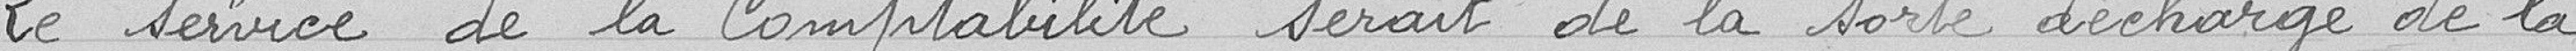
Le service de la Comptabilité serait de la sorte déchargé de la